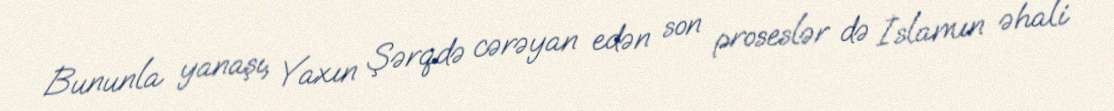
Bununla yanaşı, Yaxın Şərqdə cərəyan edən son proseslər də İslamın əhali